Trukikaitis_Postimees, lk 54
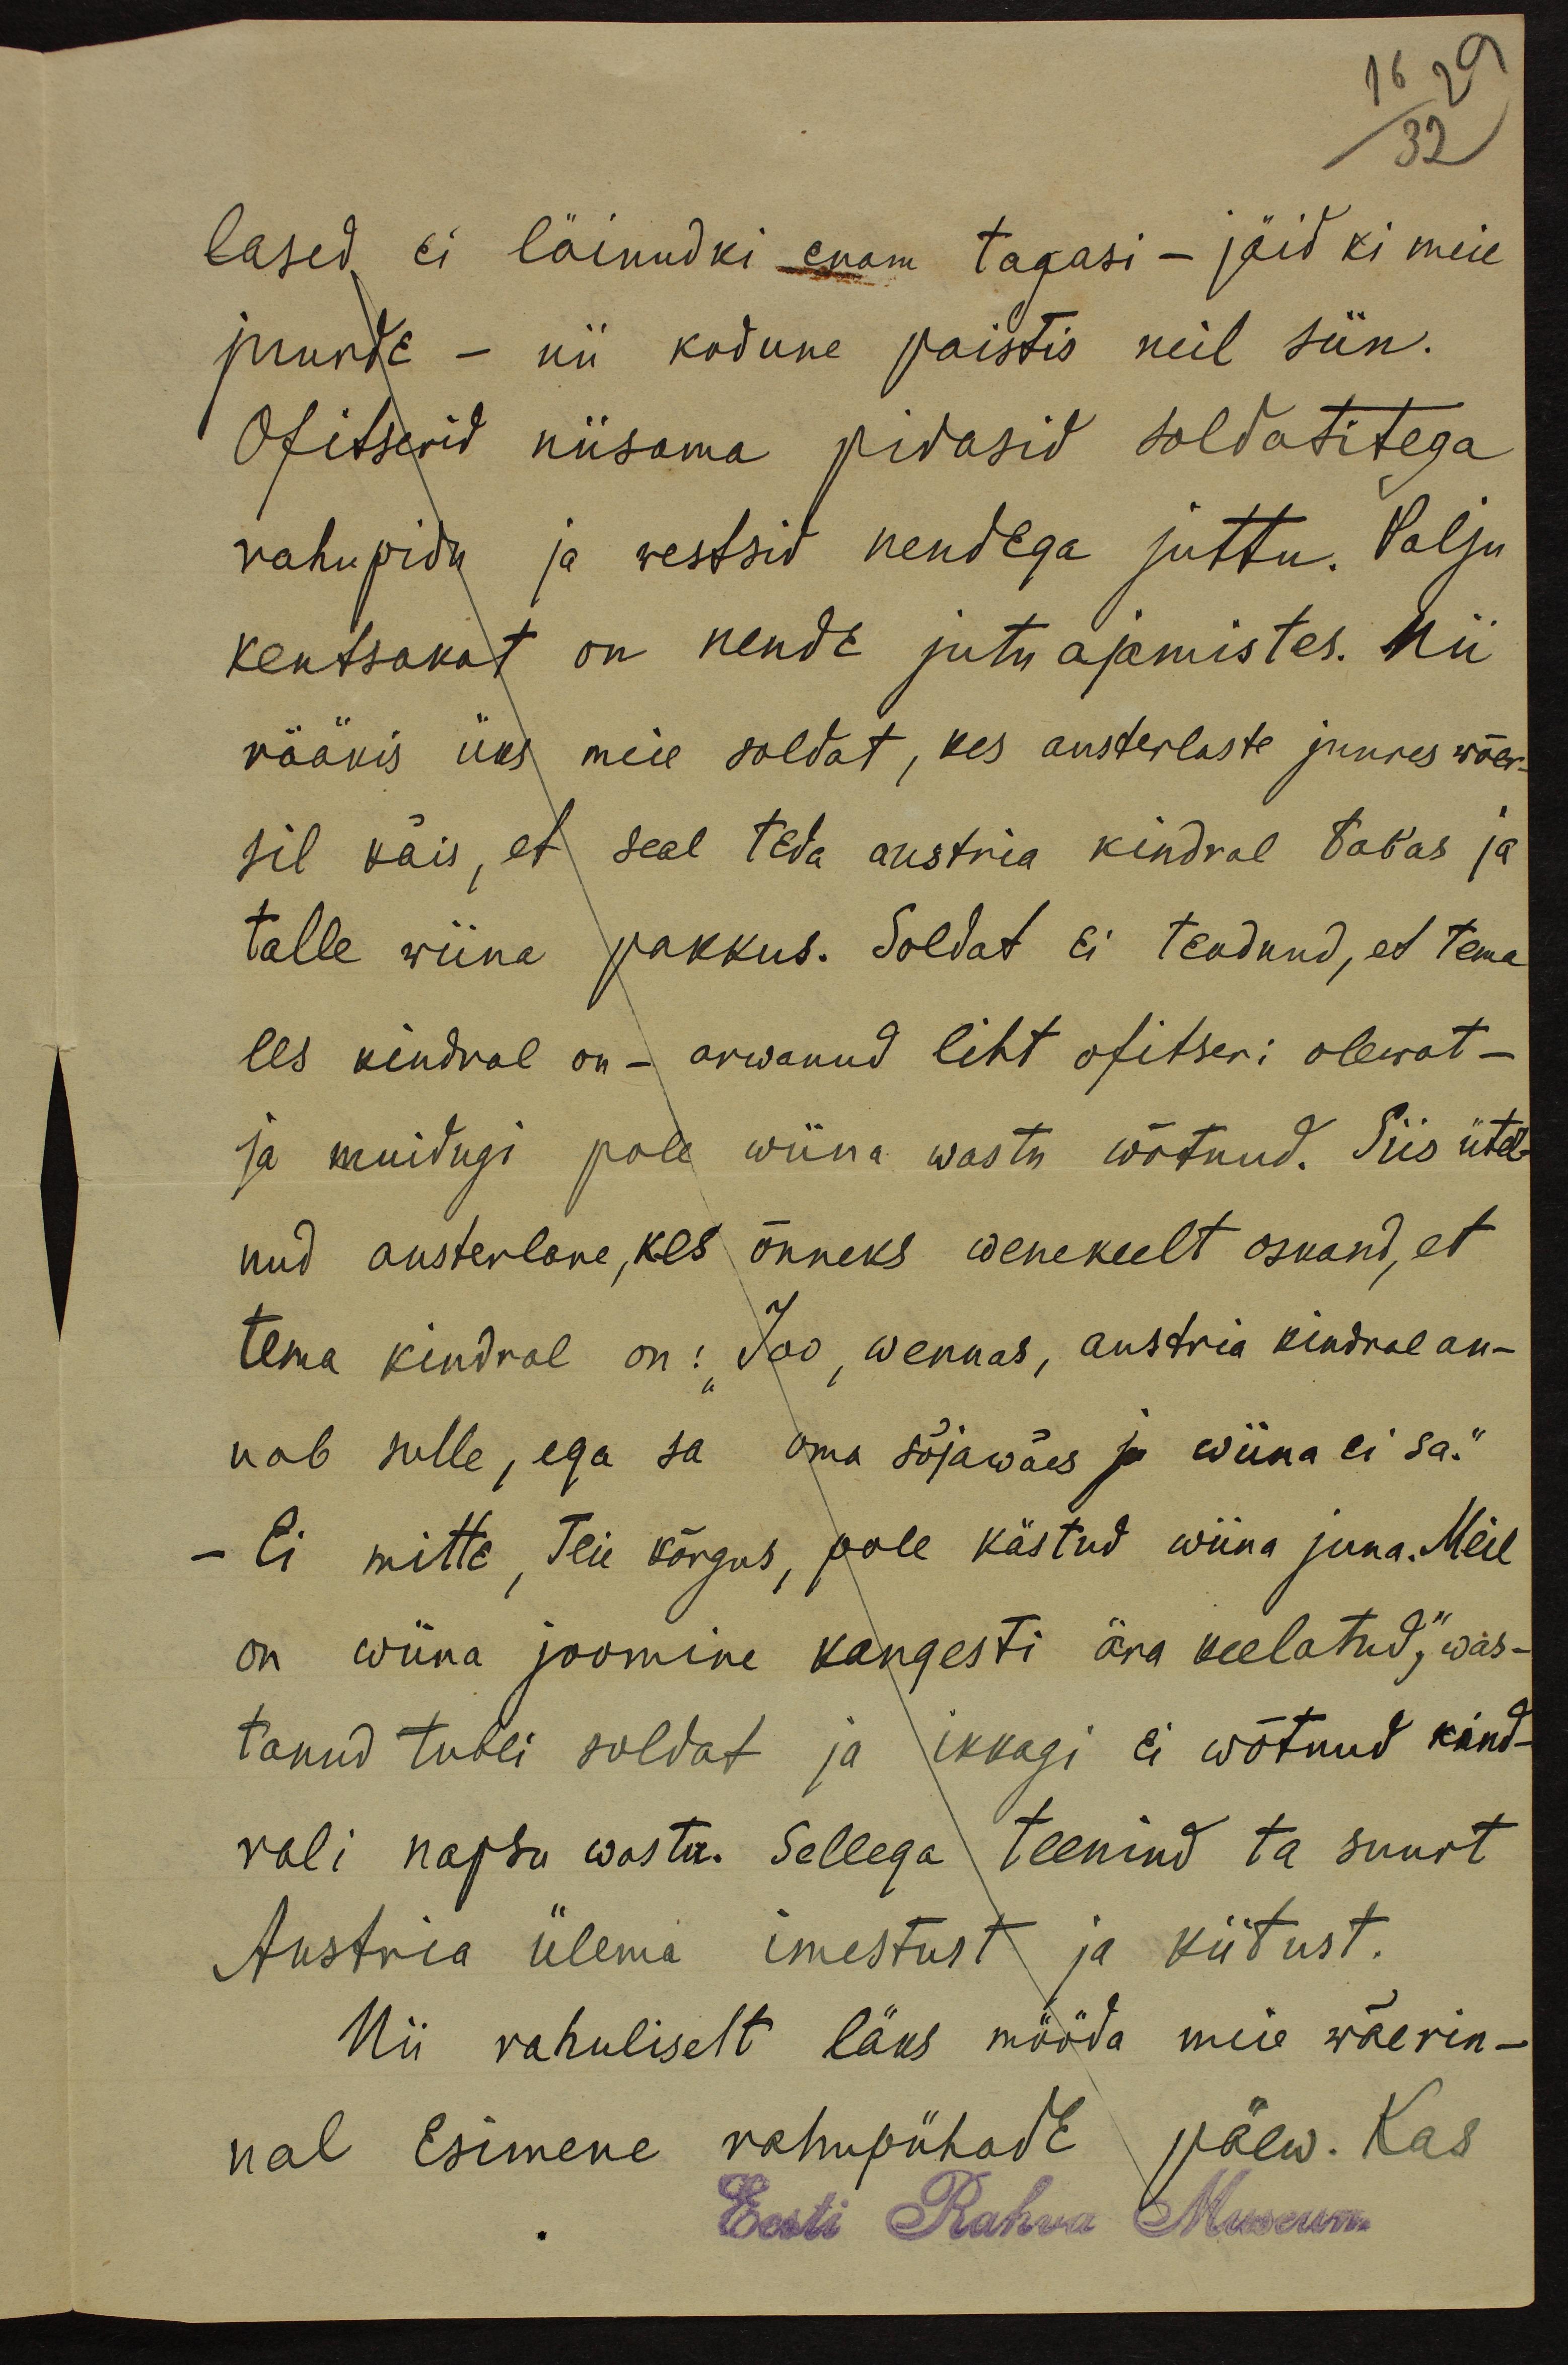
16 29
32

lased ei läinudki enam tagasi - jäid ki meie
juurde - nii kodune paistis neil siin.
Ofitserid niisama pidasid soldatitega
rahupidu ja westsid nendega juttu. Palju
kentsakat on nende jutuajamistes. Nii
rääkis üks meie soldat, kes austerlaste juures wõer-
sil käis, et seal teda austria kindral tabas ja
talle wiina pakkus. Soldat ei teadnud, et tema
ees kindral on - arwanud liht ofitseri olewat -
ja muidugi pole wiina wastu wõtnud. Siis ütel-
nud austerlane, kes õnneks wenekeelt oskand, et
tema kindral on: "Joo, wennas, austria kindral an-
nab sulle, ega sa oma sõjawäes ju wiina ei sa."
- Ei mitte, Teie kõrgus, pole kästud wiina juua. Meil
on wiina joomine kangesti ära keelatud,“ was-
tanud tubli soldat ja ikkagi ei wõtnud kind-
rali napsu wastu. Sellega teenind ta suurt
Austria ülema imestust ja kiitust.
Nii rahuliselt läks mööda meie wäerin-
nal Esimene rahupühade päew. Kas
Eesti Rahva Museum